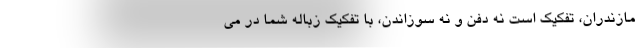
مازندران، تفکیک است نه دفن و نه سوزاندن، با تفکیک زباله شما در می